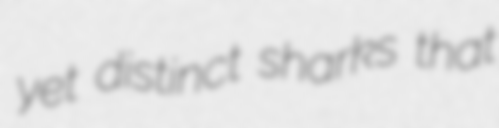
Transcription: yet distinct sharks that